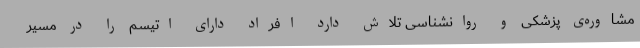
مشاوره‌ی پزشکی و روانشناسی تلاش دارد افراد دارای اتیسم را در مسیر